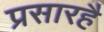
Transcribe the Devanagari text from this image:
प्रसारहै